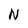
Character: N